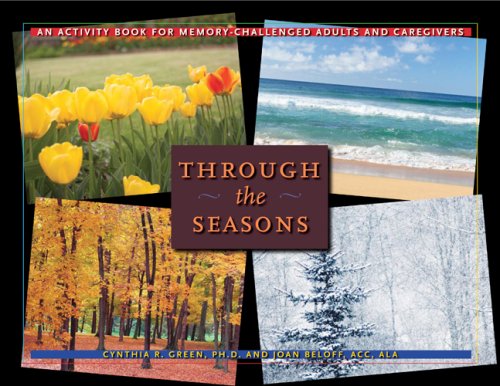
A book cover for Through the Seasons: An Activity Book for Memory-Challenged Adults and Caregivers; Cynthia R. Green; Health, Fitness & Dieting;